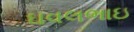
ઘવલભાઇ